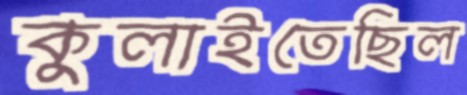
কুলাইতেছিল